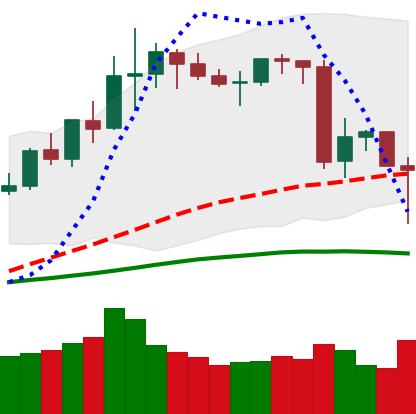
Ticker: LINK-USD
Chart end date: 2020-06-15
Forward return: 6.021%
Label: up_5_7